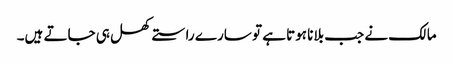
مالک نے جب بلانا ہوتا ہے تو سارے راستے کھل ہی جاتے ہیں۔